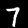
Label: 7